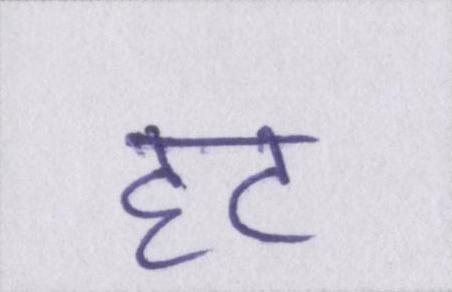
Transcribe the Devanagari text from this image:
हट